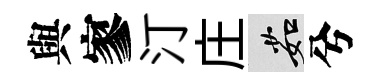
與寥汀庄茹兮